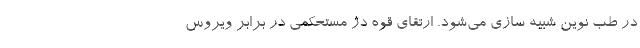
در طب نوین شبیه سازی می‌شود. ارتقای قوه دژ مستحکمی در برابر ویروس